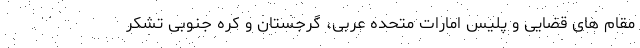
مقام های قضایی و پلیس امارات متحده عربی، گرجستان و کره جنوبی تشکر